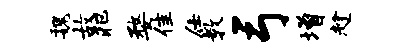
魏故犯婺隹仕教弓增趁